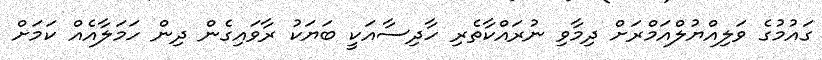
ގައުމުގެ ވަލިއްޔުލްއަމްރަށް ދިމާވި ނުރައްކާތެރި ހާދިސާއަކީ ބަޔަކު ރާވައިގެން ދިން ހަމަލާއެއް ކަަމަށް